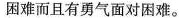
困难而且有勇气面对困难。